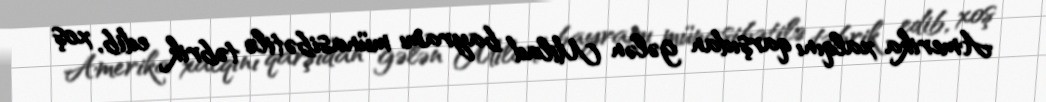
Amerika xalqını qarşıdan gələn Milad bayramı münasibətilə təbrik edib, xoş